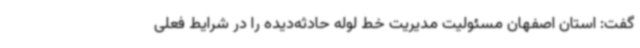
گفت: استان اصفهان مسئولیت مدیریت خط لوله حادثه‌دیده را در شرایط فعلی